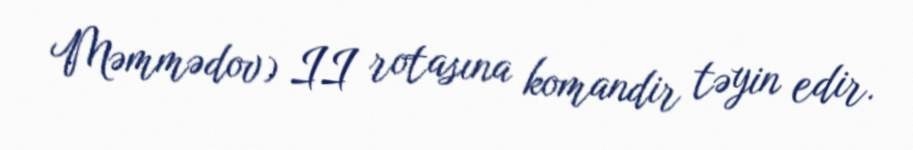
Məmmədov) II rotasına komandir təyin edir.